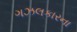
ગઝલકારના